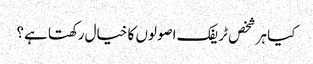
کیا ہر شخص ٹریفک اصولوں کا خیال رکھتا ہے؟